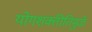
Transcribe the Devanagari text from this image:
योगशक्तीतिमुळे